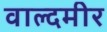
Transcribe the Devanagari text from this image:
वाल्दमीर